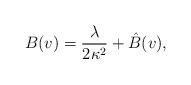
LaTeX: \begin{align*} B(v)=\frac{\lambda}{2\kappa^2}+\hat{B}(v),\end{align*}